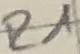
Text: R1